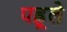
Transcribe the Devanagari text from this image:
पह्रूले